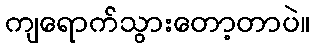
ကျရောက်သွားတော့တာပဲ။